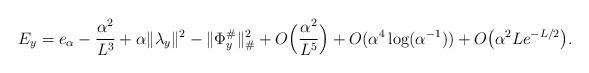
LaTeX: \begin{align*}E_y = e_{\alpha} - \frac{\alpha^2}{L^3} + \alpha \|\lambda_y\|^2 - \|\Phi^{\#}_y\|^2_{\#} + O\Big(\frac{\alpha^2}{L^5} \Big) + O(\alpha^4 \log(\alpha^{-1}))+ O\big( \alpha^2 L e^{-L/2}\big). \end{align*}